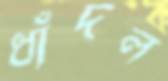
ধাঁদল